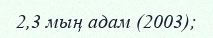
2,3 мың адам (2003);